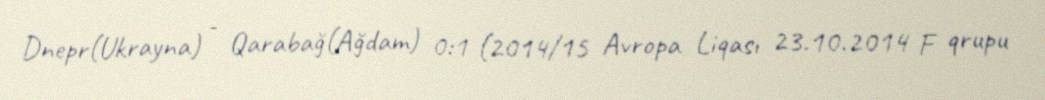
Dnepr(Ukrayna) - Qarabağ(Ağdam) 0:1 (2014/15 Avropa Liqası 23.10.2014 F qrupu